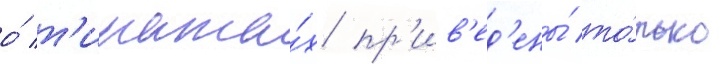
о́ т'иража́х пр'ив'ед'ены́ то́лько